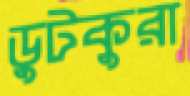
ডুটকুরা